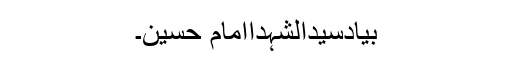
بیادسیدالشہداامام حسینؑ۔